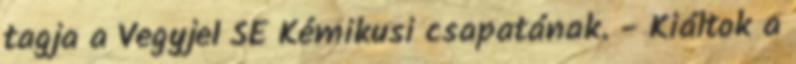
tagja a Vegyjel SE Kémikusi csapatának. - Kiáltok a